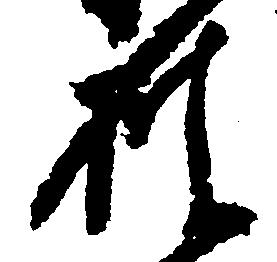
披